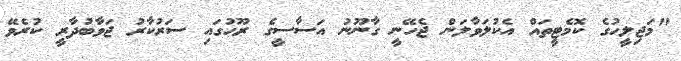
"މަޖިލީހުގެ ކޮމެޓީތައް އެކުލަވާލަން ޖެހޭނީ ގާނޫނު އަސާސީގެ ރޫޙުގައި ސަރުކާރު ޖަވާބުދާރީ ކުރެވޭ